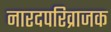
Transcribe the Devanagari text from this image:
नारदपरिव्राजक